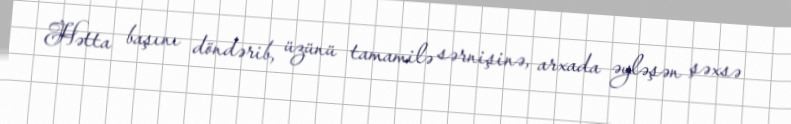
Hətta başını döndərib, üzünü tamamilə sərnişinə, arxada əyləşən şəxsə